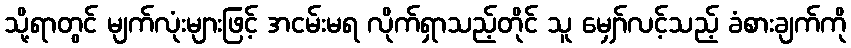
သို့ရာတွင် မျက်လုံးများဖြင့် အငမ်းမရ လိုက်ရှာသည့်တိုင် သူ မျှော်လင့်သည့် ခံစားချက်ကို